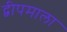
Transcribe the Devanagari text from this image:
द्वीपमाला